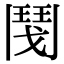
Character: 𩰎